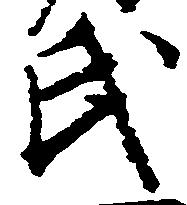
氏